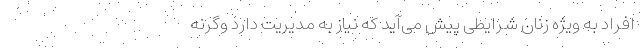
افراد به ویژه زنان شرایطی پیش می‌آید که نیاز به مدیریت دارد وگرنه